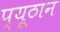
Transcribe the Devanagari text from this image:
प्यूठान